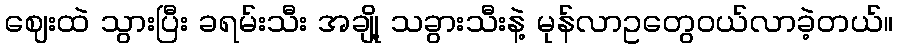
ဈေးထဲ သွားပြီး ခရမ်းသီး အချို့ သခွားသီးနဲ့ မုန်လာဥတွေဝယ်လာခဲ့တယ်။